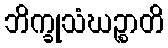
ဘိက္ခုသံဃဉ္စာတိ